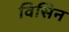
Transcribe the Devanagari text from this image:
विसिन